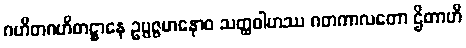
ဂဟိတဂဟိတဋ္ဌာနေ ဥပ္ပဇ္ဇမာနောဝ သတ္ထဝါဟဿ ဂတကာလတော ဌိတာဟိ